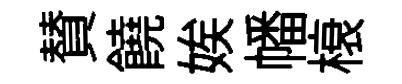
賛饒娭幡榱